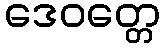
ဒေဝတ္တေ